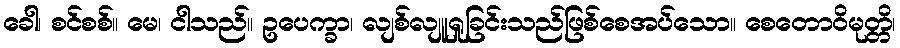
ခေါ၊ စင်စစ်။ မေ၊ ငါသည်။ ဥပေက္ခာ၊ လျစ်လျူရှုခြင်းသည်ဖြစ်စေအပ်သော။ စေတောဝိမုတ္တိ၊